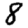
Digit: 8